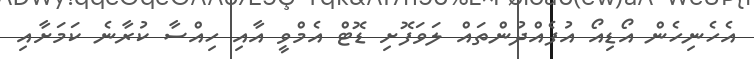
އެހެނިހެން އޯޑިއޯ އުފެއްދުންތައް ލަވަފޮށި ޑޮޓް އެމްވީ އާއި ހިއްސާ ކުރާނެ ކަމަށާއި